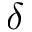
\delta